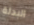
البدلة